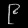
Digit: ၉